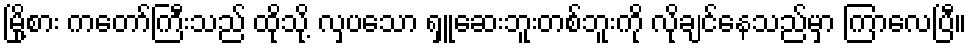
မြို့စား ကတော်ကြီးသည် ထိုသို့ လှပသော ရှူဆေးဘူးတစ်ဘူးကို လိုချင်နေသည်မှာ ကြာလေပြီ။